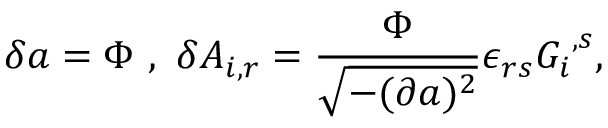
\delta a = \Phi \ , \ \delta A _ { i , r } = \frac { \Phi } { \sqrt { - ( \partial a ) ^ { 2 } } } \epsilon _ { r s } { { \cal G } _ { i } } ^ { , s } ,